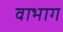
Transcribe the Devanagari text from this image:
वाभाग